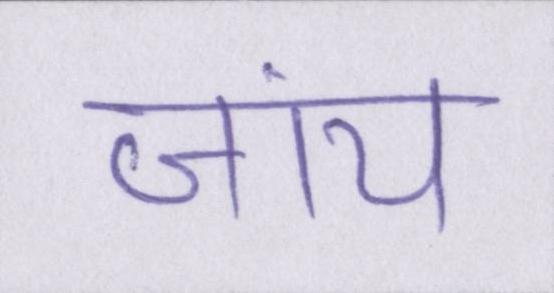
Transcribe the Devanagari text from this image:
जांय